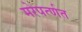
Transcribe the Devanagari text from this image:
मरेपर्त्णत